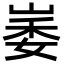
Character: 崣